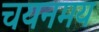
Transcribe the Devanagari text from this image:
चयनमय